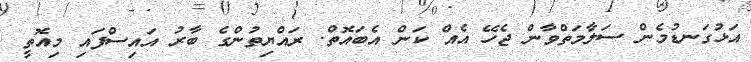
އަޅުގަނޑުމެން ސަލާމަތްވާން ޖެހޭ އެއް ކަން އެބައޮތް. ރައްޔިތުންގެ ބާރު އައިސްފައި މިއޮތީ